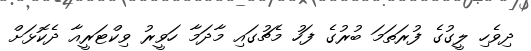
ދިވެހި ލީގުގެ ފުރަތަމަ ބުރުގެ ފަހު މެޗުގައި މާދަމާ ހަވީރު ވިކްޓަރީއާ ދެކޮޅަށް